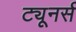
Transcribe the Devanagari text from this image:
ट्यूनर्स